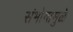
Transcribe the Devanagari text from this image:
संभोगामुळे